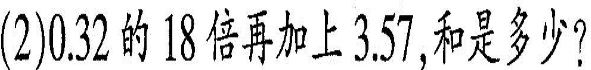
(2)0.32的18倍再加上3.57，和是多少？